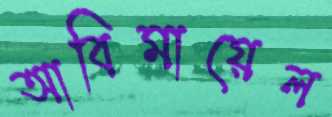
আবিমায়েল